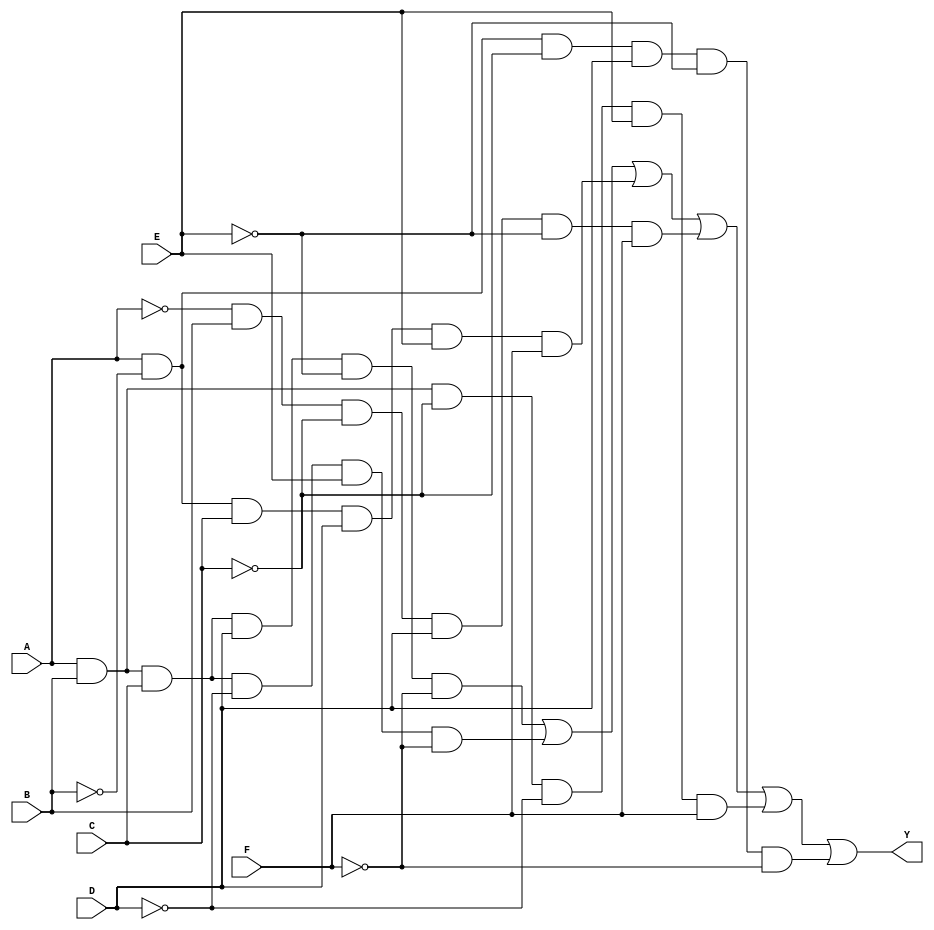
module kmap_6var (
    input wire A, B, C, D, E, F,  // Six input variables
    output wire Y                 // Output
);

// K-map logic implementation
// This example assumes a specific K-map filling.
// You can modify the logic based on your K-map grouping.
assign Y = (A & B & C & D & ~E & ~F) |  // Group 1
           (A & B & C & ~D & E & ~F) |  // Group 2
           (A & ~B & C & D & E & F) |   // Group 3
           (~A & B & ~C & D & ~E & F) | // Group 4
           (A & B & ~C & ~D & E & F) |  // Group 5
           (A & ~B & ~C & D & ~E & ~F); // Group 6
           // Add more groups based on your K-map

endmodule